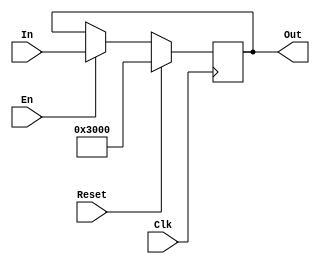
`timescale 1ns / 1ps
//////////////////////////////////////////////////////////////////////////////////
// Company: 
// Engineer: 
// 
// Design Name: 
// Module Name:    PC 
// Project Name: 
// Target Devices: 
// Tool versions: 
// Description: 
//
// Dependencies: 
//
// Revision: 
// Revision 0.01 - File Created
// Additional Comments: 
//
//////////////////////////////////////////////////////////////////////////////////
module PC(
    input Clk,
    input Reset,
    input En,
    input [31:0] In,
    output reg [31:0] Out
    );

	always @ (posedge Clk) begin
		if (Reset) Out <= 32'h3000;
		else if (En) Out <= In;
	end

endmodule